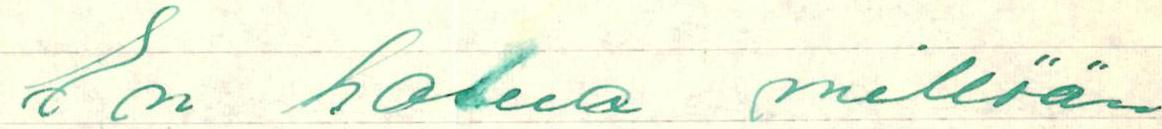
En halua millään